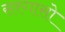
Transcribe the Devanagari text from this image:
सरगासो